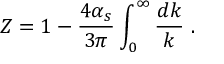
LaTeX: Z = 1 - \frac { 4 \alpha _ { s } } { 3 \pi } \int _ { 0 } ^ { \infty } \frac { d k } { k } ~ .